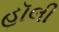
હૉલી